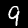
Digit: 9